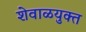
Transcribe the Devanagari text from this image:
शेवाळयुक्त